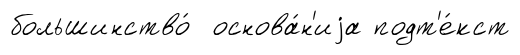
большинство́ основа́н'иjа подт'е́кст